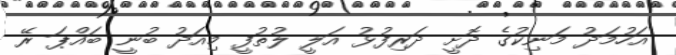
އަހުމަދު މަނިކުގެ ދޮށީ ދަރިފުޅު އަލީ ލުތުފީ މިއަދު ބުނީ ބައްޕަ ރޭ